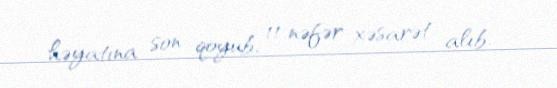
həyatına son qoyub, 11 nəfər xəsarət alıb.